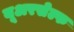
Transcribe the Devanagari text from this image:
यूअरसेल्फ